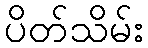
ပိတ်သိမ်း